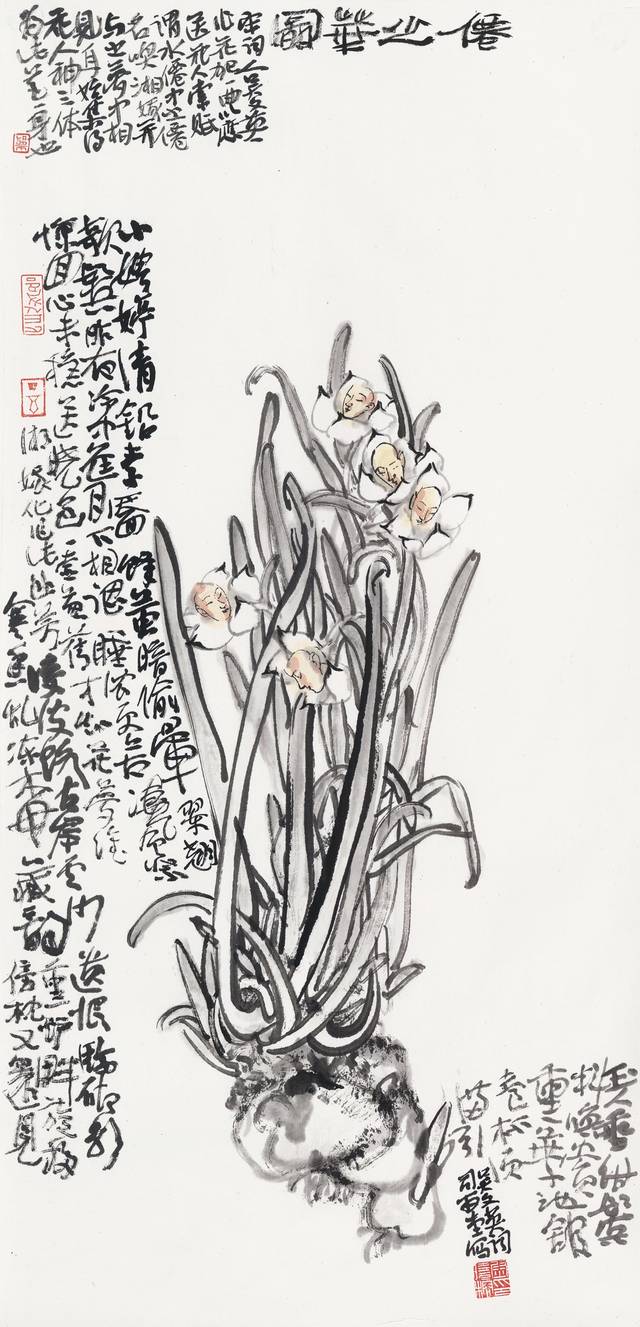
临砌影，寒香乱冻梅藏韵。